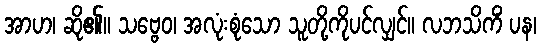
အာဟ၊ ဆို၏။ သဗ္ဗေဝ၊ အလုံးစုံသော သူတို့ကိုပင်လျှင်။ လဘသိကိံ ပန၊